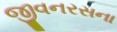
જીવનરસના